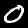
Digit: 0